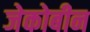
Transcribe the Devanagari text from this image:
जेकोबीन